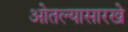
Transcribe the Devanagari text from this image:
ओतल्यासारखे